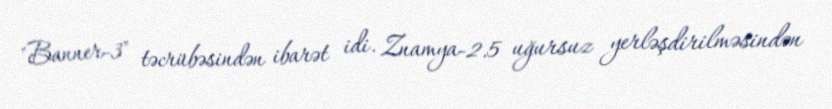
"Banner-3" təcrübəsindən ibarət idi. Znamya-2.5 uğursuz yerləşdirilməsindən